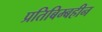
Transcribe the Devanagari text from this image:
प्रतिबिम्बहीन